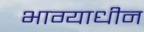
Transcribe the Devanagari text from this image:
भाग्याधीन